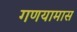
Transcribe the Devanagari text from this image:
गणयामास